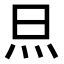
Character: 𭴋